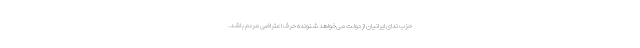
حزب ندای ایرانیان از دولت می‌خواهد شنونده حرف اعتراضی مردم باشد.